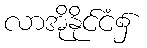
လာအိုနိုင်ငံ၌